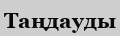
Таңдауды